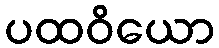
ပထဝိယော